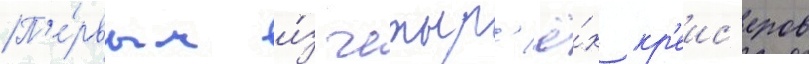
П'е́рвым и́з четыр'ё́х кр'еис'еров